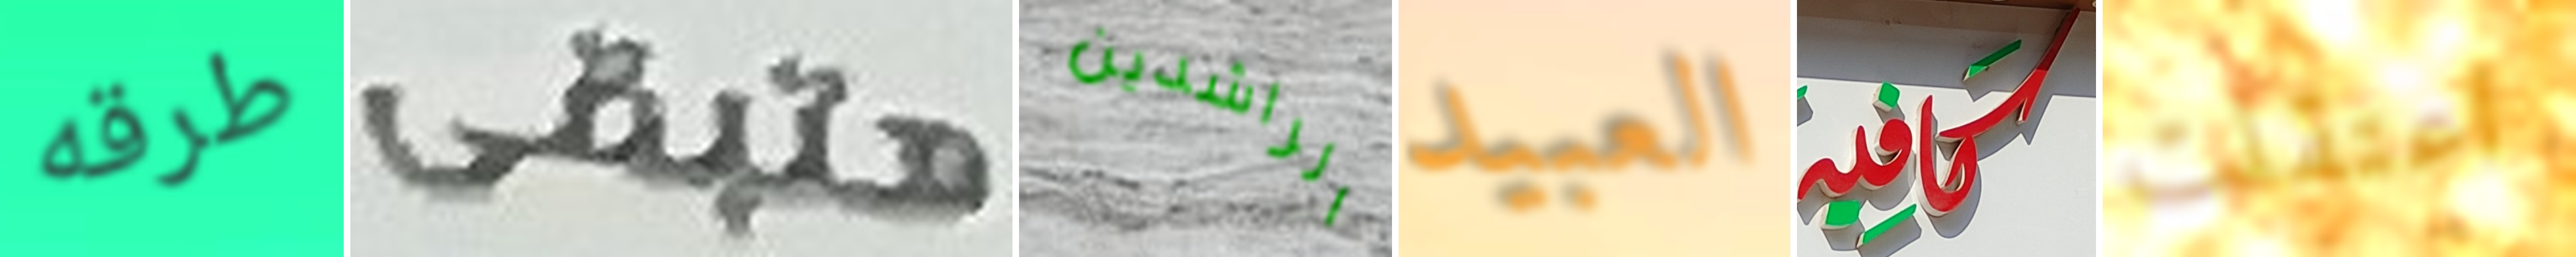
طرقه هتبقى الراشدين العبيد كافيه اعتقلت